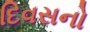
દિવસનો